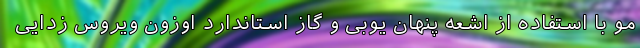
مو با استفاده از اشعه پنهان یوبی و گاز استاندارد اوزون ویروس زدایی